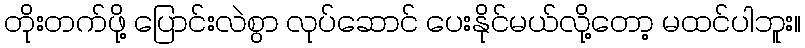
တိုးတက်ဖို့ ပြောင်းလဲစွာ လုပ်ဆောင် ပေးနိုင်မယ်လို့တော့ မထင်ပါဘူး။